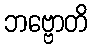
ဘဗ္ဗောတိ